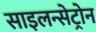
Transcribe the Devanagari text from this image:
साइलन्सेट्रोन